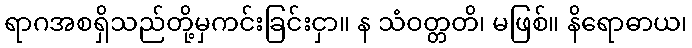
ရာဂအစရှိသည်တို့မှကင်းခြင်းငှာ။ န သံဝတ္တတိ၊ မဖြစ်။ နိရောဓာယ၊